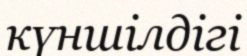
күншілдігі